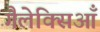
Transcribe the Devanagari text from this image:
गैलेक्सिआँ